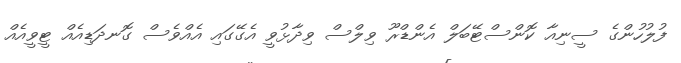
ފުލުހުންގެ ސީނިއާ ކޮންސްޓޭބަލް އެންޑްރޫ ވިލްސް ވިދާޅުވީ އެގޭގައި އެއްވެސް ގޮނދަޑިއެއް ޓީވީއެއް